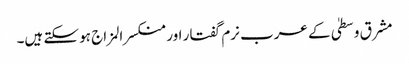
مشرق وسطیٰ کے عرب نرم گفتار اور منکسرالمزاج ہو سکتے ہیں۔